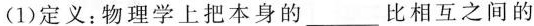
(1)定义：物理学上把本身的____比相互之间的